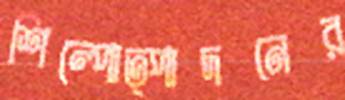
শিল্পোত্পাদনের